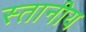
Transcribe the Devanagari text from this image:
स्तानीय